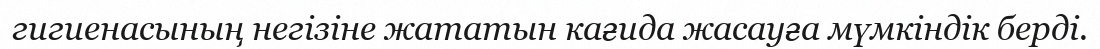
гигиенасының негізіне жататын кағида жасауға мүмкіндік берді.